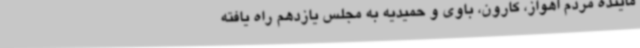
ماینده مردم اهواز، کارون، باوی و حمیدیه به مجلس یازدهم راه یافته